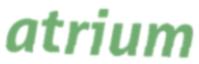
atrium